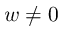
w \neq 0